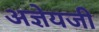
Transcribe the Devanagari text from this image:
अज्ञेयजी